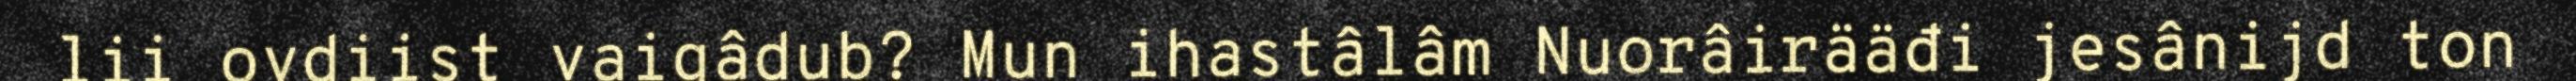
lii ovdiist vaigâdub? Mun ihastâlâm Nuorâirääđi jesânijd ton